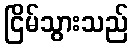
ငြိမ်သွားသည်